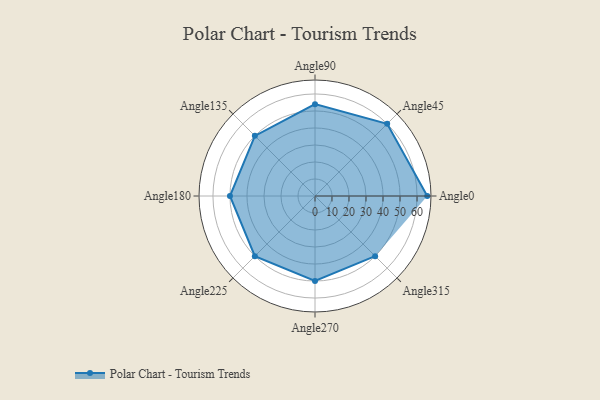
{"axis": {"x": "Angle", "y": "Radius"}, "legend": [""], "data": [{"x": "Angle0", "y": 66.0, "type": ""}, {"x": "Angle45", "y": 60.0, "type": ""}, {"x": "Angle90", "y": 54.0, "type": ""}, {"x": "Angle135", "y": 50, "type": ""}, {"x": "Angle180", "y": 50, "type": ""}, {"x": "Angle225", "y": 50, "type": ""}, {"x": "Angle270", "y": 50, "type": ""}, {"x": "Angle315", "y": 50, "type": ""}]}